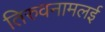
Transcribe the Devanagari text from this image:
तिरुवनामलई